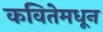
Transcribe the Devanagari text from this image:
कवितेमधून